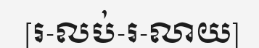
[រ-លប់-រ-លាយ]